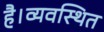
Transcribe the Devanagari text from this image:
है।व्यवस्थित